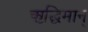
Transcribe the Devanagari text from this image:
ऋद्धिमान्‌